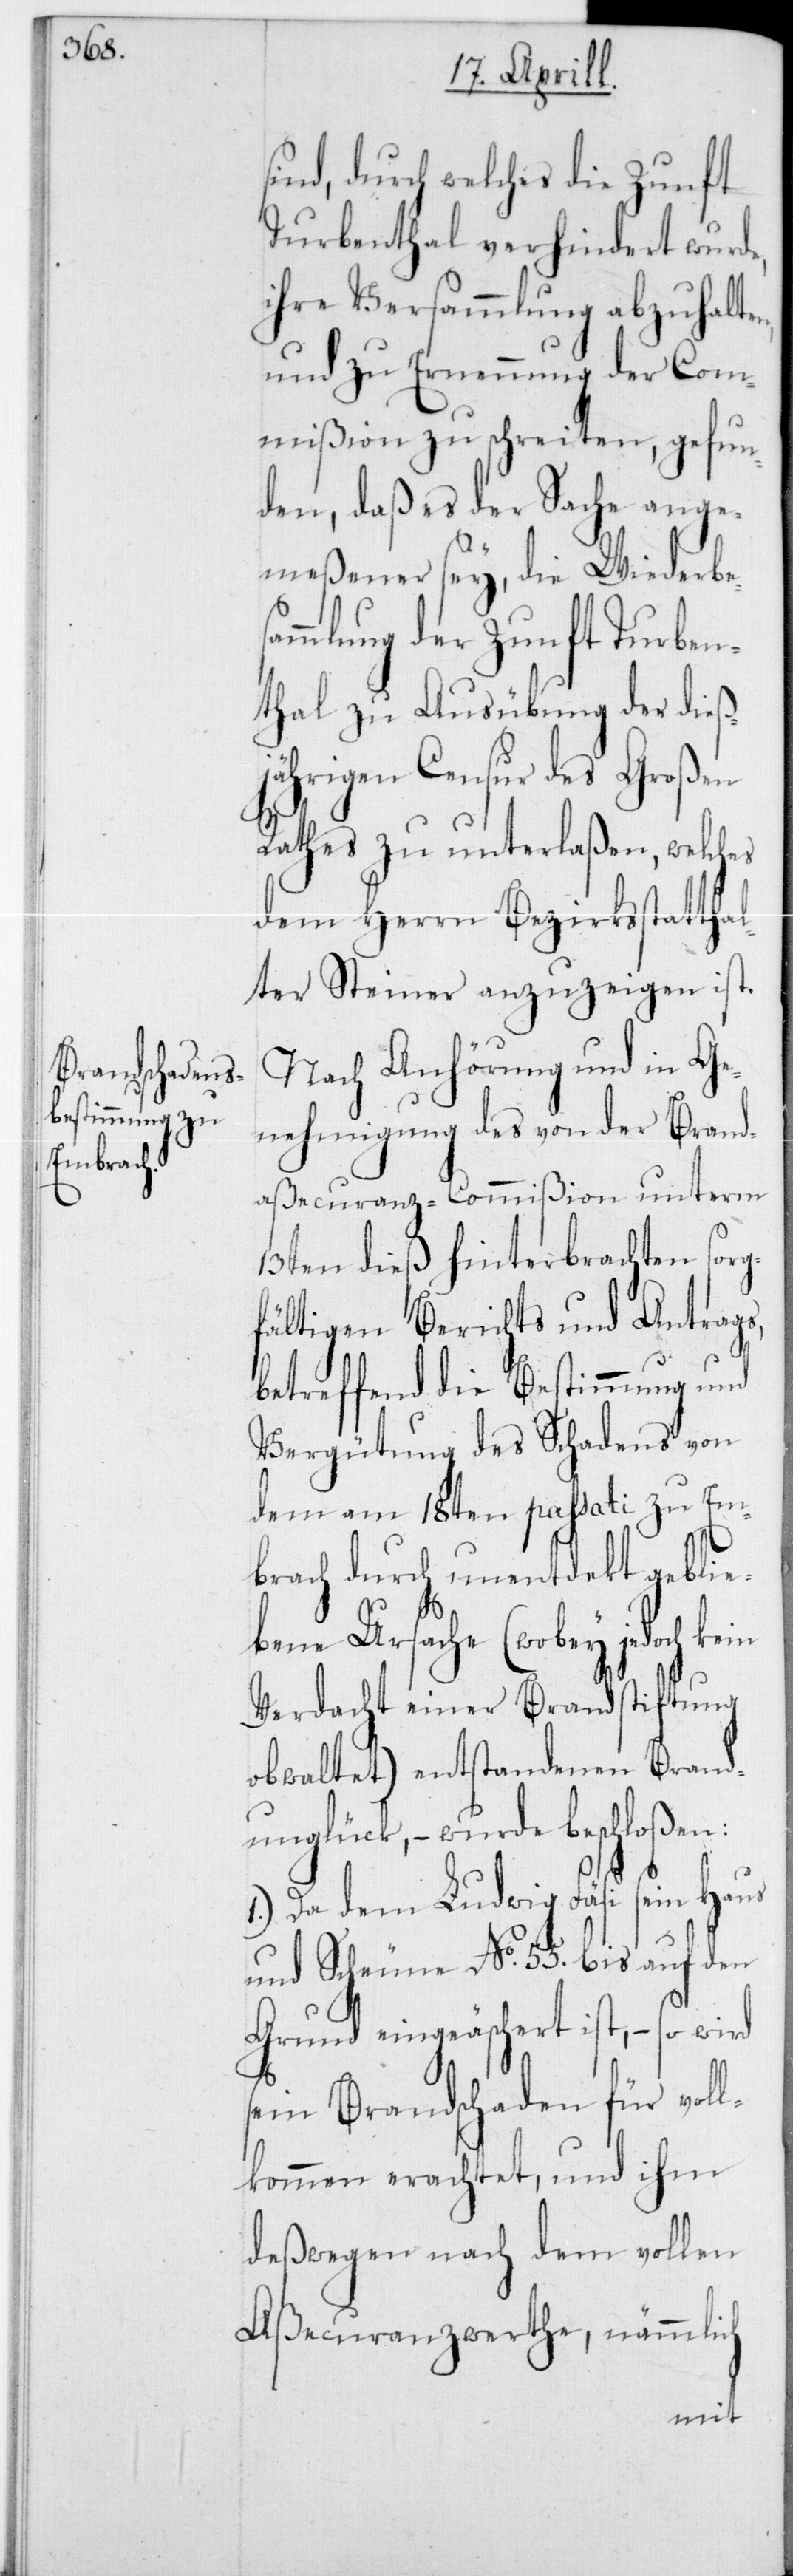
sind, durch welches die Zunft
Turbenthal verhinderet wurde,
ihre Versammlung abzuhalte¬
und zu Ernennung der Com¬
mißion zu schreiten, gefun¬
den, daß es der Sache ange¬
meßener sey, die Wiederbe¬
ammlung der Zunft Turben¬
thal zu Ausübung der dieß¬
jährigen Censur des Großen
g¬
Rathes zu unterlaßen, welches
dem Herrn Bezirksstatthal¬
ter Steiner anzuzeigen ist.
Nach Anhörung und in Ge¬
nehmigung des von der Brand¬
aßecuranz-Commißion unterm
13ten dieß hinterbrachten sor¬
fältigen Berichts und Antrags,
betreffend die Bestimmung und
Vergütung des Schadens von
dem am 18ten passati zu Em¬
brach durch unentdekt geblie¬
bene Ursache (wobey jedoch kein
Verdacht einer Brandstiftung
obwaltet) entstandenen Brand¬
unglück, – wurde beschloßen:
1.) Da dem Ludwig Fäsi sein Haus
und Scheune No 55 bis auf den
Grund eingeäschert ist, – so wird
sein Brandschaden für voll¬
kommen erachtet, und ihm
deßwegen nach dem vollen
Aßecuranzwerthe, nämmlich